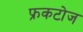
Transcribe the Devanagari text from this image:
फ्रकटोज